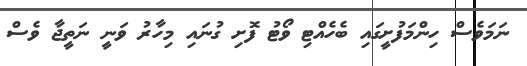
ނަމަވެސް ހިންމަފުށީގައި ބެހެއްޓި ވޯޓު ފޮށި ގުނައި މިހާރު ވަނީ ނަތީޖާ ވެސް